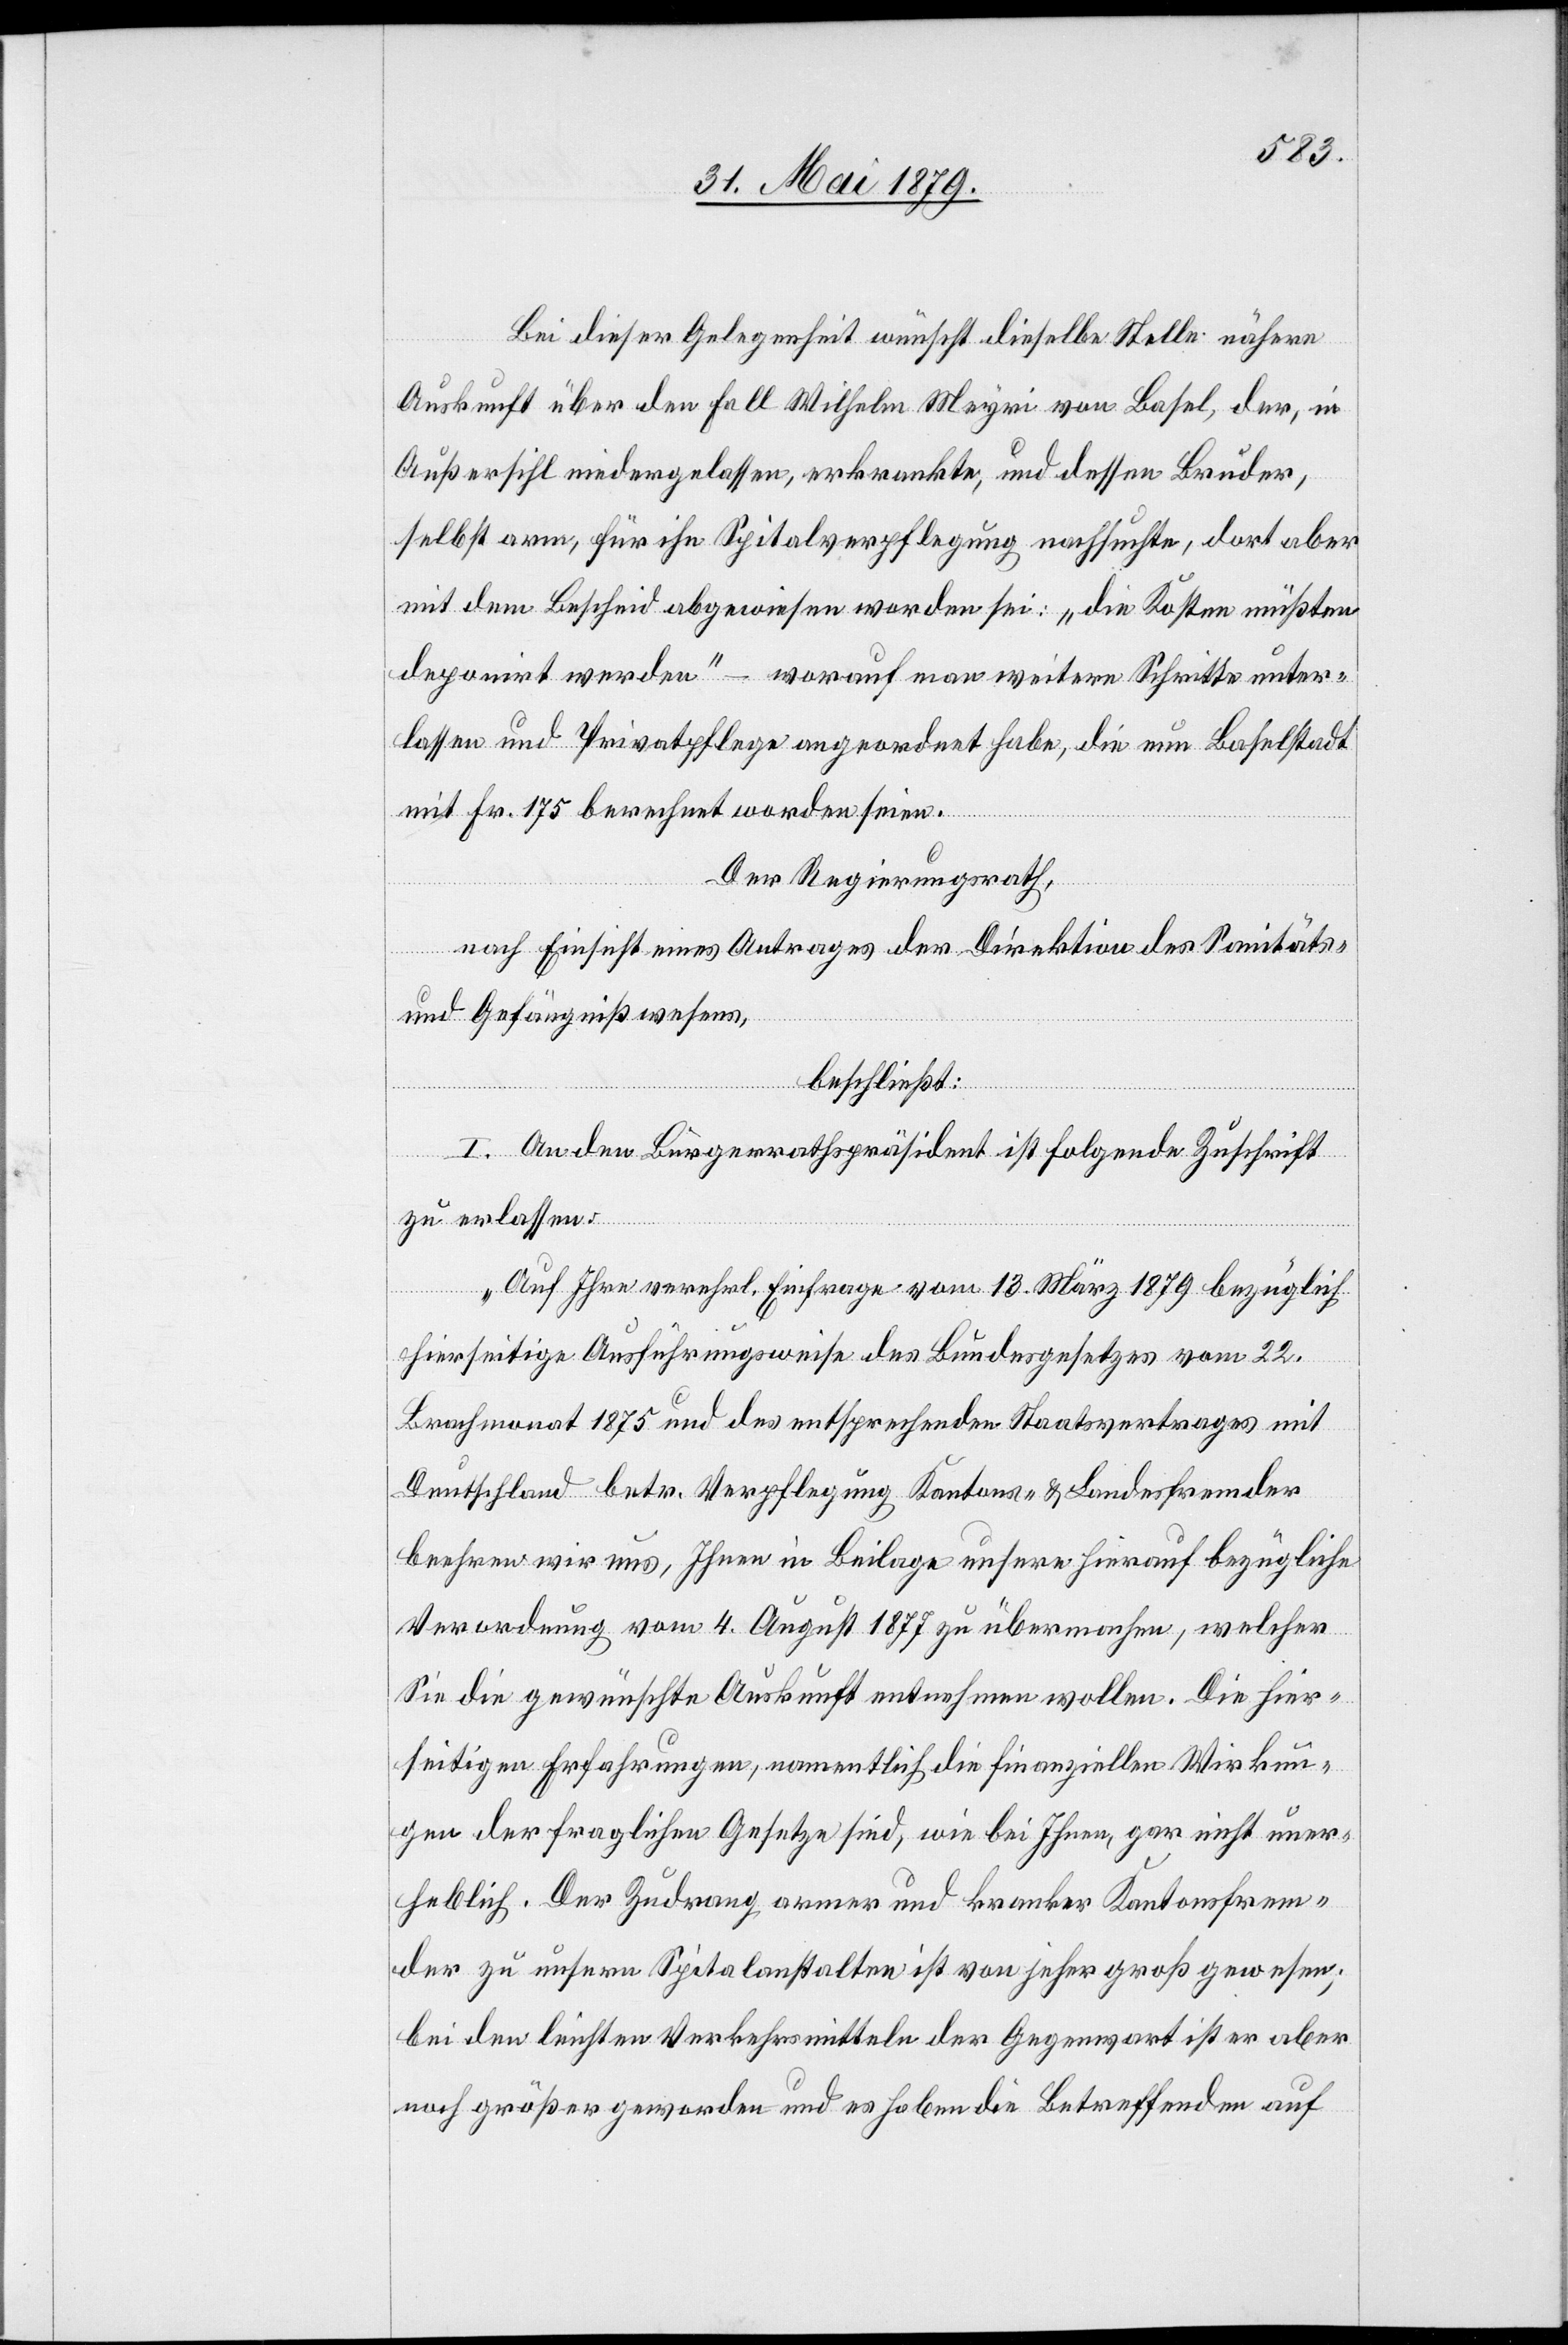
Bei dieser Gelegenheit wünscht dieselbe Stelle nähere
Auskunft über den Fall Wilhelm Meyri von Basel, der, in
Außersihl niedergelassen, erkrankte, und dessen Bruder,
selbst arm, für ihn Spitalverpflegung nachsuchte, dort aber
mit dem Bescheid abgewiesen worden sei: „die Kosten müßten
deponirt werden“ – worauf man weitere Schritte unter¬
lassen und Privatpflege angeordnet habe, die nun Baselstadt
mit Fr. 175 berechnet worden seien.
Der Regierungsrath,
nach Einsicht eines Antrages der Direktion des Sanitäts-
und Gefängnißwesens,
beschließt:
I. An den Bürgerrathspräsident ist folgende Zuschrift
zu erlassen:
„Auf Ihre verehrl. Einfrage vom 13. März 1879 bezüglich
hierseitige Ausführungsweise des Bundesgesetzes vom 22.
Brachmonat 1875 und des entsprechenden Staatsvertrages mit
Deutschland betr. Verpflegung Kantons- & Landesfremder
beehren wir uns, Ihnen in Beilage unsere hierauf bezügliche
Verordnung vom 4. August 1877 zu übermachen, welcher
Sie die gewünschte Auskunft entnehmen wollen. Die hier¬
seitigen Erfahrungen, namentlich die finanziellen Wirkun¬
gen der fraglichen Gesetze sind, wie bei Ihnen, gar nicht uner¬
heblich. Der Zudrang armer und kranker Kantonsfrem¬
der zu unsern Spitalanstalten ist von jeher groß gewesen;
bei den leichten Verkehrsmitteln der Gegenwart ist er aber
noch größer geworden und es haben die Betreffenden auf